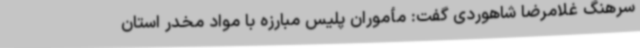
سرهنگ غلامرضا شاهوردی گفت: مأموران پلیس مبارزه با مواد مخدر استان